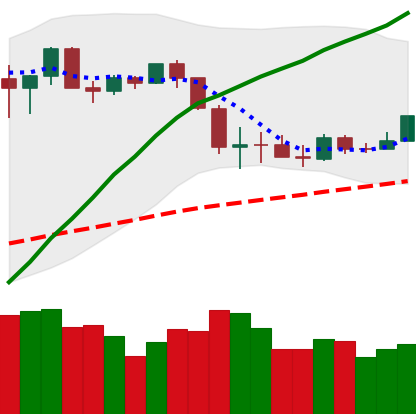
Ticker: ETH-USD
Chart end date: 2020-03-06
Forward return: -19.98%
Label: down_7plus